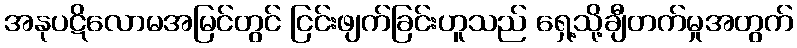
အနုပဋိလောမအမြင်တွင် ငြင်းဖျက်ခြင်းဟူသည် ရှေ့သို့ချီတက်မှုအတွက်